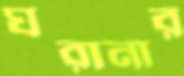
ঘরানার